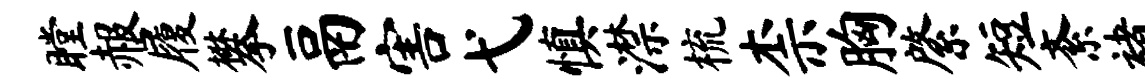
瞠赧履攀鬲害弋慎潸梳柰胸綮短紊褚